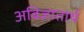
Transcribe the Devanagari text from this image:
अविज्ञातार्थ